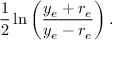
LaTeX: { \frac { 1 } { 2 } } \ln \left( { \frac { y _ { e } + r _ { e } } { y _ { e } - r _ { e } } } \right) .